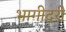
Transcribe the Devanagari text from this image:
भागीदरी